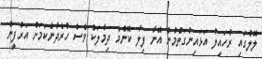
ލޮލުގައި ރުހައިލު އަޅައިނުގަތުމުން އޭނާ ފިލާ ކޮންމެ ދިމާލަކު ވެސް ހުރެދާނެކަމަށް އަރުފީން